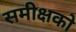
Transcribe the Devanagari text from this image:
समीक्षको